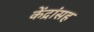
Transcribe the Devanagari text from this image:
केंद्रांसह